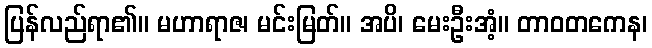
ပြန်လည်ရာ၏။ မဟာရာဇ၊ မင်းမြတ်။ အပိ၊ မေးဦးအံ့။ တာဝတကေန၊